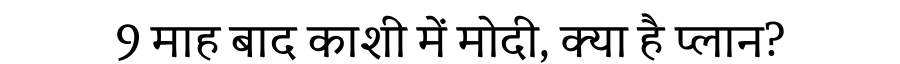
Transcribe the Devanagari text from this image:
9 माह बाद काशी में मोदी, क्या है प्लान?